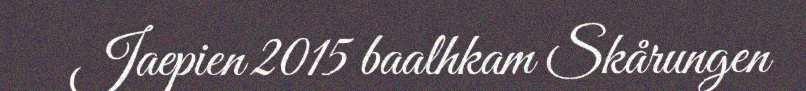
Jaepien 2015 baalhkam Skårungen